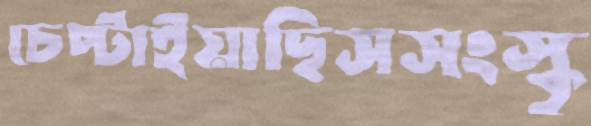
চেপ্‌টাইয়াছিসসংস্কৃ